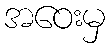
အဝေးမှ